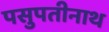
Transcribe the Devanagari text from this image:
पसुपतीनाथ